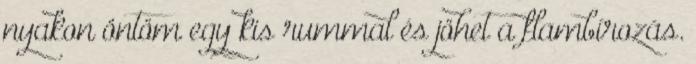
nyakon öntöm egy kis rummal és jöhet a flambírozás.